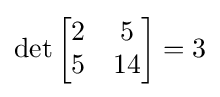
\det {\begin{bmatrix}2&5\\5&14\end{bmatrix}}=3